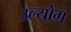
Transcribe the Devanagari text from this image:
उल्योंग